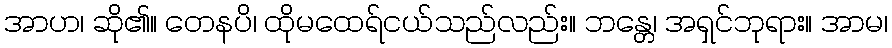
အာဟ၊ ဆို၏။ တေနပိ၊ ထိုမထေရ်ငယ်သည်လည်း။ ဘန္တေ၊ အရှင်ဘုရား။ အာမ၊